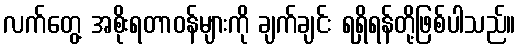
လက်တွေ့ အစိုးရတာဝန်များကို ချက်ချင်း ရရှိရန်တို့ဖြစ်ပါသည်။